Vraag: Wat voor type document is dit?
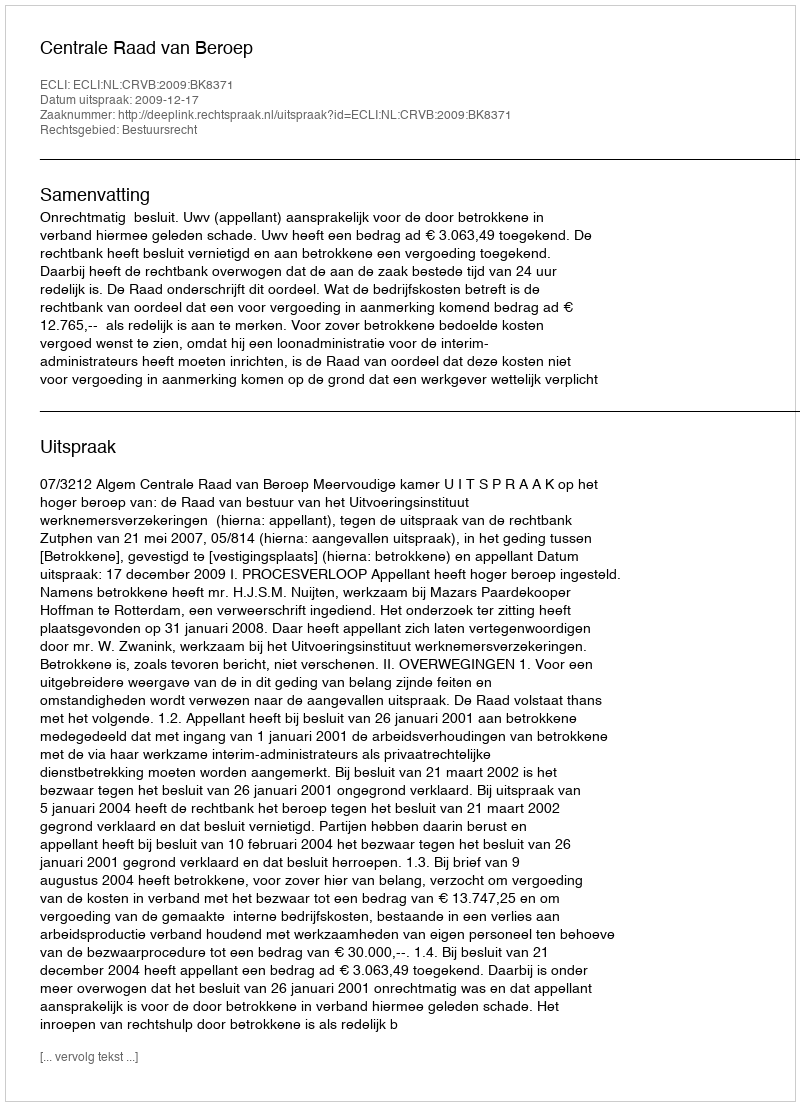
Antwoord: Uitspraak